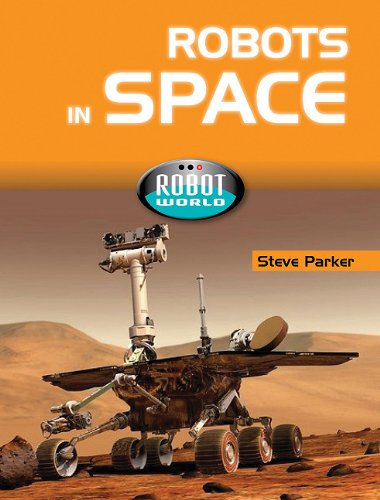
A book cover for Robots in Space (Robot World); Steve Parker; Children's Books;